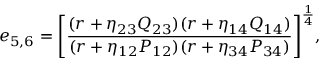
{ e _ { 5 , 6 } = \left[ { \frac { ( r + \eta _ { 2 3 } Q _ { 2 3 } ) ( r + \eta _ { 1 4 } Q _ { 1 4 } ) } { ( r + \eta _ { 1 2 } P _ { 1 2 } ) ( r + \eta _ { 3 4 } P _ { 3 4 } ) } } \right] ^ { \frac { 1 } { 4 } } } ,